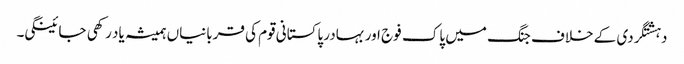
دہشتگردی کے خلاف جنگ میں پاک فوج اور بہادر پاکستانی قوم کی قربانیاں ہمیشہ یاد رکھی جائینگی۔